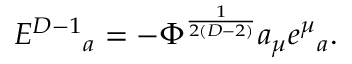
E ^ { D - 1 } { } _ { a } = - \Phi ^ { \frac { 1 } { 2 ( D - 2 ) } } a _ { \mu } e ^ { \mu } { } _ { a } .